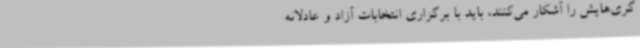
گری‌هایش را آشکار می‌کنند، ‌باید با برگزاری انتخابات آزاد و عادلانه